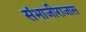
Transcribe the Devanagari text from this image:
संभाजीराजास